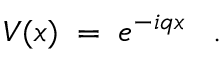
V ( x ) \; = \; e ^ { - i q x } \; \; \; .